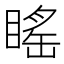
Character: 䁘